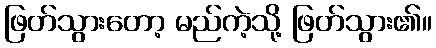
ဖြတ်သွားတော့ မည်ကဲ့သို့ ဖြတ်သွား၏။